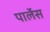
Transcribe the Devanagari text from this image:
पार्लेस